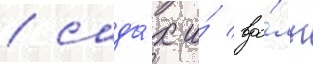
/ сада́х и́ вдо́ль